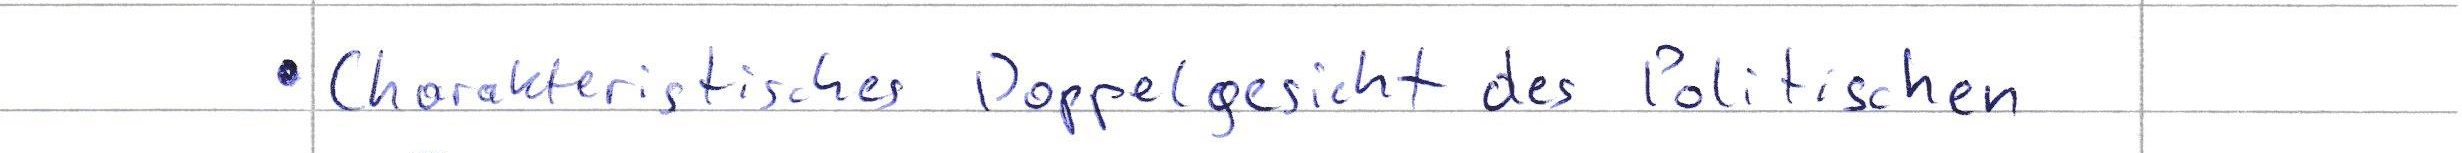
Charakteristisches Doppelgesicht des Politischen